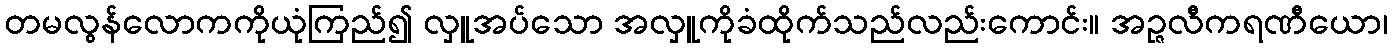
တမလွန်လောကကိုယုံကြည်၍ လှူအပ်သော အလှူကိုခံထိုက်သည်လည်းကောင်း။ အဉ္ဇလီကရဏီယော၊